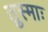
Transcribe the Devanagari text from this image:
तुस्माः